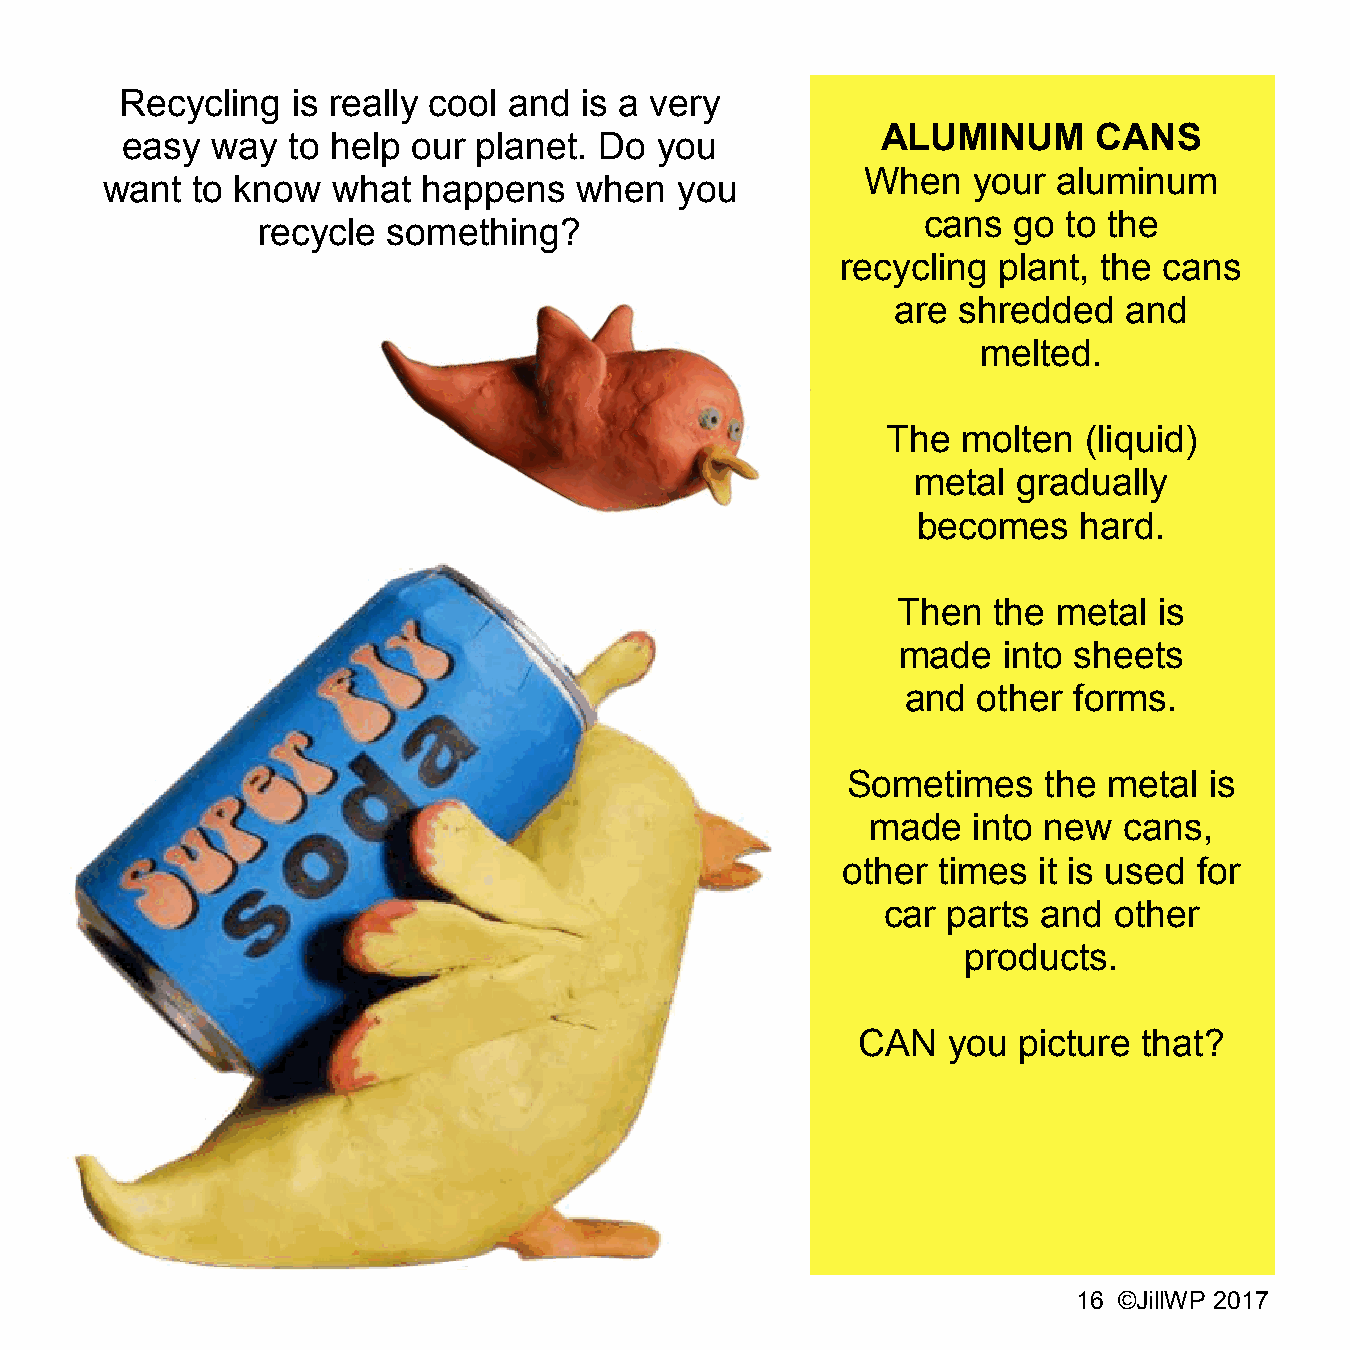
Recycling  is really cool and is a very
 ALUMINUM       CANS
 easy  way  to help our planet.  Do  you
 When   your  aluminum
 want  to know  what  happens   when   you
 cans  go  to the
 recycle  something?
 recycling plant, the cans
 are shredded    and
 melted.
 The  molten  (liquid)
 metal gradually
 becomes   hard.
 Then   the metal  is
 made  into sheets
 and  other forms.
 Sometimes    the metal  is
 made  into new  cans,
 other times  it is used for
 car parts and  other
 products.
 CAN   you picture  that?
 16 ©JillWP 2017